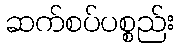
ဆက်စပ်ပစ္စည်း